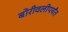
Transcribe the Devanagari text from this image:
बोरीवलीपर्यंत